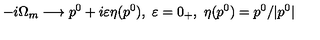
- i \Omega _ { m } \longrightarrow p ^ { 0 } + i \varepsilon \eta ( p ^ { 0 } ) , \ \varepsilon = 0 _ { + } , \ \eta ( p ^ { 0 } ) = p ^ { 0 } / | p ^ { 0 } |